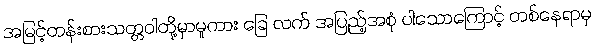
အမြင့်တန်းစားသတ္တဝါတို့မှာမူကား ခြေ လက် အပြည့်အစုံ ပါသောကြောင့် တစ်နေရာမှ